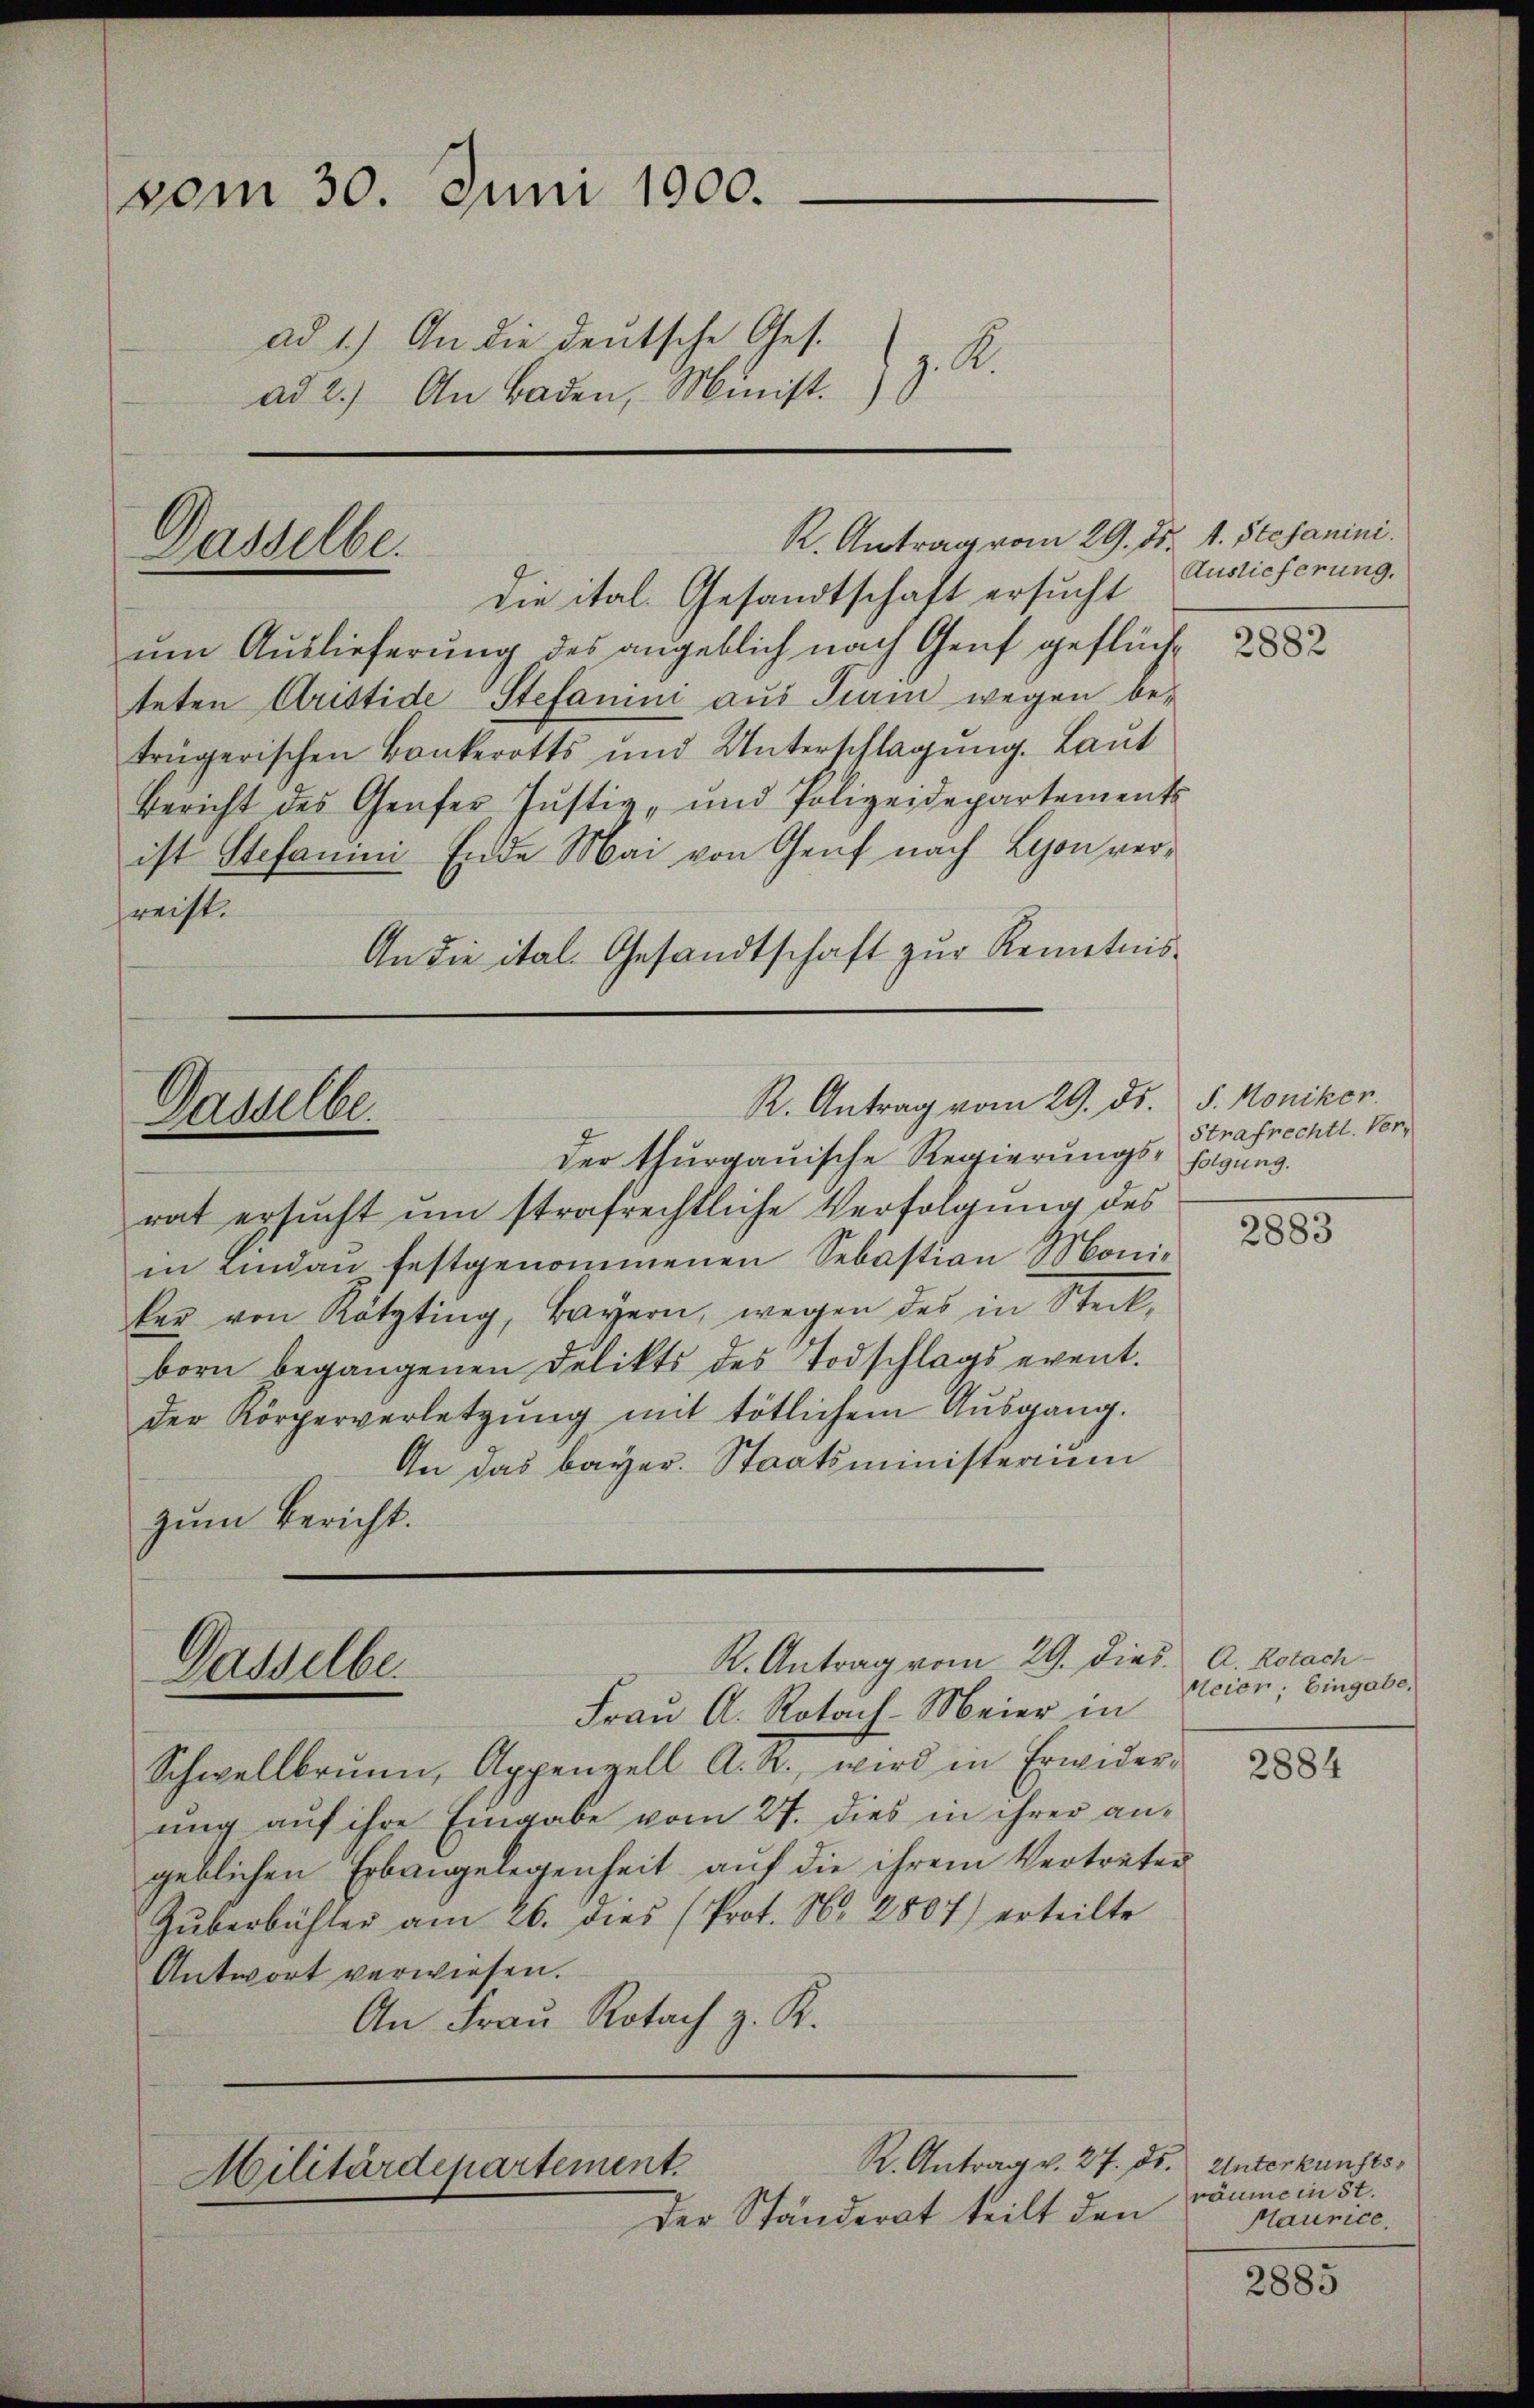
vom 30. Juni 1900.
ad 1.) An die deutsche Ges.
17. A.
ad 2.) An Baden, Minist.

R. Antrag vom 29. ds. v. Stefanini.
Dasselbe.

Auslieferung.

die ital. Gesandtschaft ersucht
um Auslieferung des angeblich nach Genf geflüchteten Aristide Stefanini aus Turin wegen betrügerischen Bankerotts und Unterschlagung. Laŭt
Bericht des Genfer Justiz- und Polizeidepartements
ist Stefanini Ende Mai von Genf nach Lyon versrecht.
An die ital. Gesandtschaft zur Kenntnis¬

2882

R. Antrag vom 29. ds. S. Moniker.
Gasselbe.

Strafrechtl. Ver¬

Der thurgauische Regierungs- sagung.
rat ersucht um strafrechtliche Verfolgung des
in Lindau festgenommenen Sebastian Moni-
ker von Kötting, Bayern, wegen des in Steck-
born begangenen Delikts des Todschlags event.
der Körperverletzung mit tötlichem Ausgang.
An das bayer. Staatsministerium
zum Bericht.

2883

Dasselbe.

R. Antrag vom 29. die

5. A. Rotach-
Meier, Eingabe.

Frau A. Rotach-Meier in
Schwellbrunn, Appenzell A. R., wird in Erwider-
ung auf ihre Eingabe vom 27. dies in ihrer an-
geblichen Erbangelegenheit auf die ihrem Vertreten
Gŭberbühler am 26. dies (Prot. N. 2807) erteilte
Antwort verwiesen.
An Frau Rotach z. R.

2884

Militärdepartement.
der Ständerat teilt den

R. Antrag v. 27. ds. Unterkunftsräume in St.
Maurice,

2885